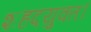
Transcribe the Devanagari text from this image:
शहदयुक्त।